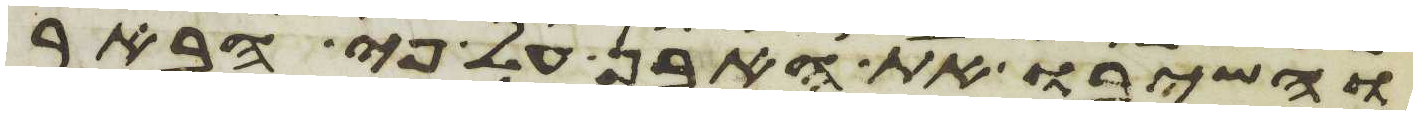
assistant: והשיבו את האבן על פי הבאר